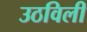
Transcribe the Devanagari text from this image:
उठविली